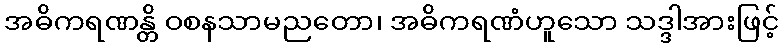
အဓိကရဏန္တိ ဝစနသာမညတော၊ အဓိကရဏံဟူသော သဒ္ဒါအားဖြင့်